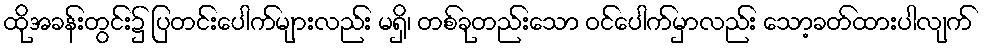
ထိုအခန်းတွင်း၌ ပြတင်းပေါက်များလည်း မရှိ၊ တစ်ခုတည်းသော ဝင်ပေါက်မှာလည်း သော့ခတ်ထားပါလျက်